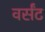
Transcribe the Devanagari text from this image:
वर्संट